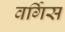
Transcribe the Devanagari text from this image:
वर्गिस